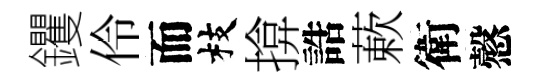
钁伶而枝揜誥蔌衛慤